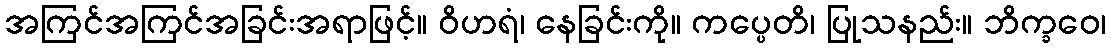
အကြင်အကြင်အခြင်းအရာဖြင့်။ ဝိဟရံ၊ နေခြင်းကို။ ကပ္ပေတိ၊ ပြုသနည်း။ ဘိက္ခဝေ၊